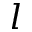
l